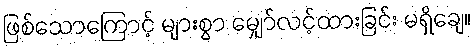
ဖြစ်သောကြောင့် များစွာ မျှော်လင့်ထားခြင်း မရှိချေ။